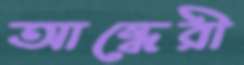
আন্ধেরী